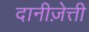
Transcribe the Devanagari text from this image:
दानीज़ेत्ती